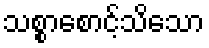
သစ္စာစောင့်သိသော